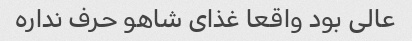
عالی بود واقعا غذای شاهو حرف نداره